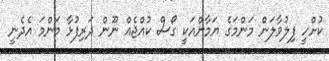
ކުށްހީ ފިލުވާލަން މަންމަގެ ޔަމާންއަކީ ގޯސް ކުއްޖެއް ނޫން ދަރިފުޅާ މަންމަ އެދެނީ